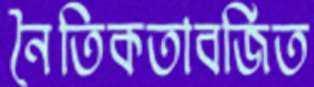
নৈতিকতাবর্জিত